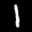
Label: 1